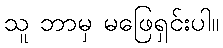
သူ ဘာမှ မဖြေရှင်းပါ။